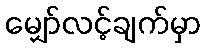
မျှော်လင့်ချက်မှာ